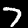
Label: 7